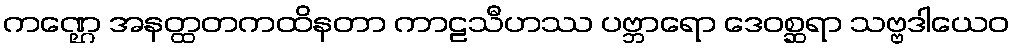
ကဏ္ဌေ အနတ္ထတကထိနတာ ကာဠသီဟဿ ပဗ္ဘာရော ဒေဝစ္ဆရာ သဗ္ဗဒါယေဝ